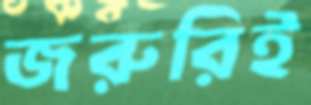
জরুরিই